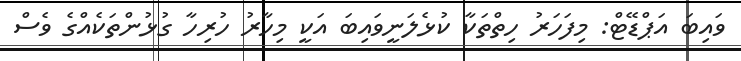
ވައިބަ އަޕްޑޭޓް: މިފަހަރު ހިތްތަކާ ކުޅެލަނީވައިބަ އަކީ މިހާރު ހުރިހާ ގުޅުންތަކެއްގެ ވެސް